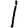
Digit: 1